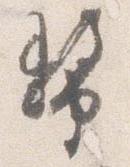
幣